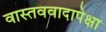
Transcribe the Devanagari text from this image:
वास्तववादापेक्षा